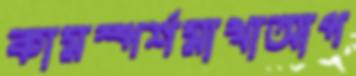
কামস্পর্শমাখাআপ